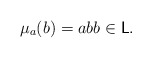
\begin{align*}\mu_a(b)=abb\in \textsf{L}.\end{align*}